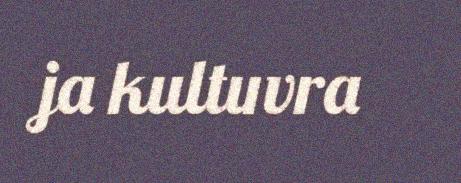
ja kultuvra